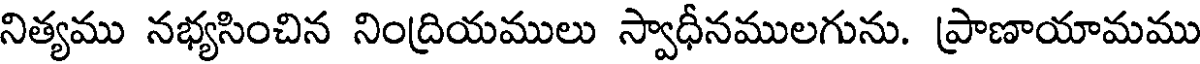
నిత్యము నభ్యసించిన నింద్రియములు స్వాధీనములగును. ప్రాణాయామము